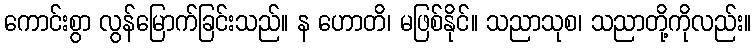
ကောင်းစွာ လွန်မြောက်ခြင်းသည်။ န ဟောတိ၊ မဖြစ်နိုင်။ သညာသုစ၊ သညာတို့ကိုလည်း။